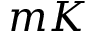
m K